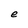
Character: e